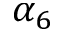
\alpha _ { 6 }